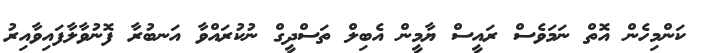
ކަންމިހެން އޮތް ނަމަވެސް ރައީސް ޔާމީން އެބިލް ތަސްދީގް ނުކުރައްވާ އަނބުރާ ފޮނުވާލާފައިވާއިރު